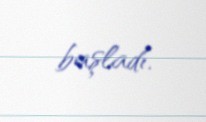
başladı.